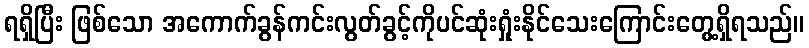
ရရှိပြီး ဖြစ်သော အကောက်ခွန်ကင်းလွတ်ခွင့်ကိုပင်ဆုံးရှုံးနိုင်သေးကြောင်းတွေ့ရှိရသည်။